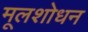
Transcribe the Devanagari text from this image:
मूलशोधन